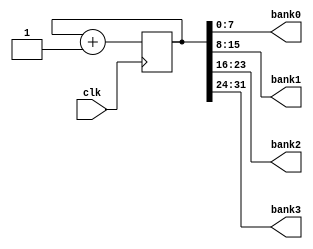
module Blinky(
	input wire clk,
   output wire[7:0] bank0,
   output wire[7:0] bank1,
   output wire[7:0] bank2,
   output wire[7:0] bank3
);

reg [31:0] counter;
//reg [35:0] data;

//prom mem(.clka(clk), .clkb(1'b0), .addra({6'b0, counter[6:0]}), .addrb(7'b0), .douta(data), .wea(1'b0), .dina({36'b0}));

assign bank0 = counter[7:0];
assign bank1 = counter[15:8];
assign bank2 = counter[23:16];
assign bank3 = counter[31:24];

always @(posedge clk) begin
        counter <= counter + 1;
end

endmodule